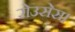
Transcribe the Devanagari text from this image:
रोउसेस।